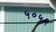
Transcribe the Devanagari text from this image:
५०५२